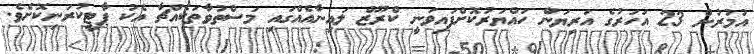
އުމުރުން 23 އަހަރުގެ އަރިޔަން ހައްޔަރުކޮށްފައިވަނީ ކްރޫޒް ލައިނާއެއްގައި މަސްތުވާތަކެއްޗާ އެކު ޕާޓީކުރަނިކޮށެވެ.